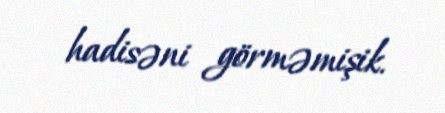
hadisəni görməmişik.